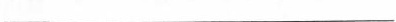
___